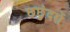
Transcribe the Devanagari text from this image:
छछुंदरों